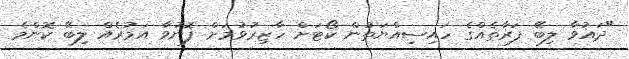
"ދައުވާ ލިބޭ ފަރާތެއްގެ ހައިސިއްޔަތުން ކޯޓަށް ހާޒިރުވުމަށް ފޮނުވާ އަމުރެއް ލިބޭ ކޮންމެ